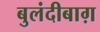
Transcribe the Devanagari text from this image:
बुलंदीबाग़